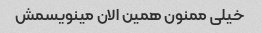
خیلی ممنون همین الان مینویسمش